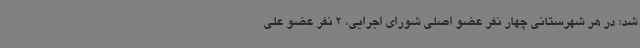
شد: در هر شهرستانی چهار نفر عضو اصلی شورای اجرایی، 2 نفر عضو علی‌